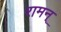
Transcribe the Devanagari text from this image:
रामन्‌